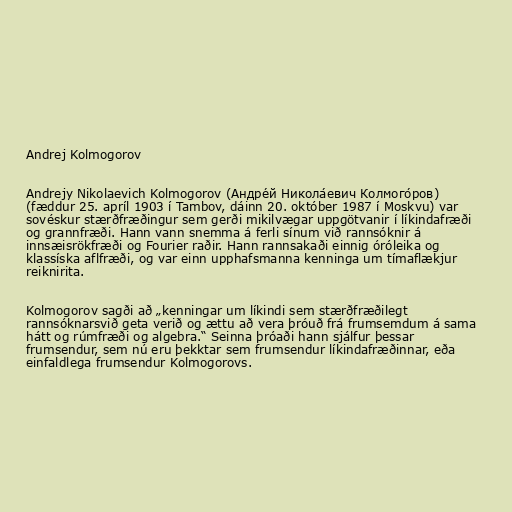
Andrej Kolmogorov

Andrejy Nikolaevich Kolmogorov (Андре́й Никола́евич Колмого́ров)
(fæddur 25. apríl 1903 í Tambov, dáinn 20. október 1987 í Moskvu) var
sovéskur stærðfræðingur sem gerði mikilvægar uppgötvanir í líkindafræði
og grannfræði. Hann vann snemma á ferli sínum við rannsóknir á
innsæisrökfræði og Fourier raðir. Hann rannsakaði einnig óróleika og
klassíska aflfræði, og var einn upphafsmanna kenninga um tímaflækjur
reiknirita.

Kolmogorov sagði að „kenningar um líkindi sem stærðfræðilegt
rannsóknarsvið geta verið og ættu að vera þróuð frá frumsemdum á sama
hátt og rúmfræði og algebra.“ Seinna þróaði hann sjálfur þessar
frumsendur, sem nú eru þekktar sem frumsendur líkindafræðinnar, eða
einfaldlega frumsendur Kolmogorovs.